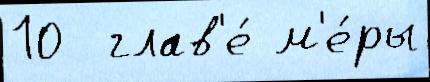
10  глав'е́ м'е́ры